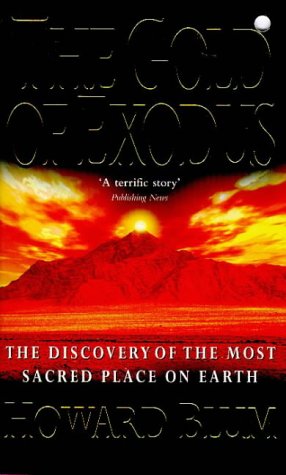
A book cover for The Gold of Exodus; HOWARD BLUM; Travel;